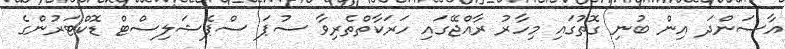
އާސަންދަ އިން ބުނި ގޮތުގައި މިހާރު ރާއްޖޭގައި ހަރަކާތްތެރިވާ ސުޕަ ސްޕެޝަލިސްޓް ޑޮކްޓަރުންގެ